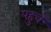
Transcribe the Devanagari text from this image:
पहुचँ